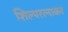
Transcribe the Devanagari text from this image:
शिल्परत्नाकर